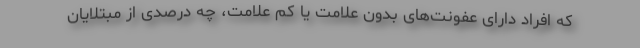
که افراد دارای عفونت‌های بدون علامت یا کم علامت، چه درصدی از مبتلایان